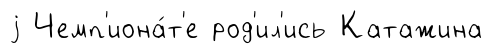
j Чемп'иона́т'е род'ил'ись Катажина